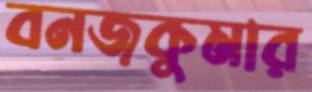
বনজকুমার